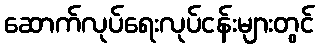
ဆောက်လုပ်ရေးလုပ်ငန်းများတွင်